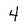
Character: 4